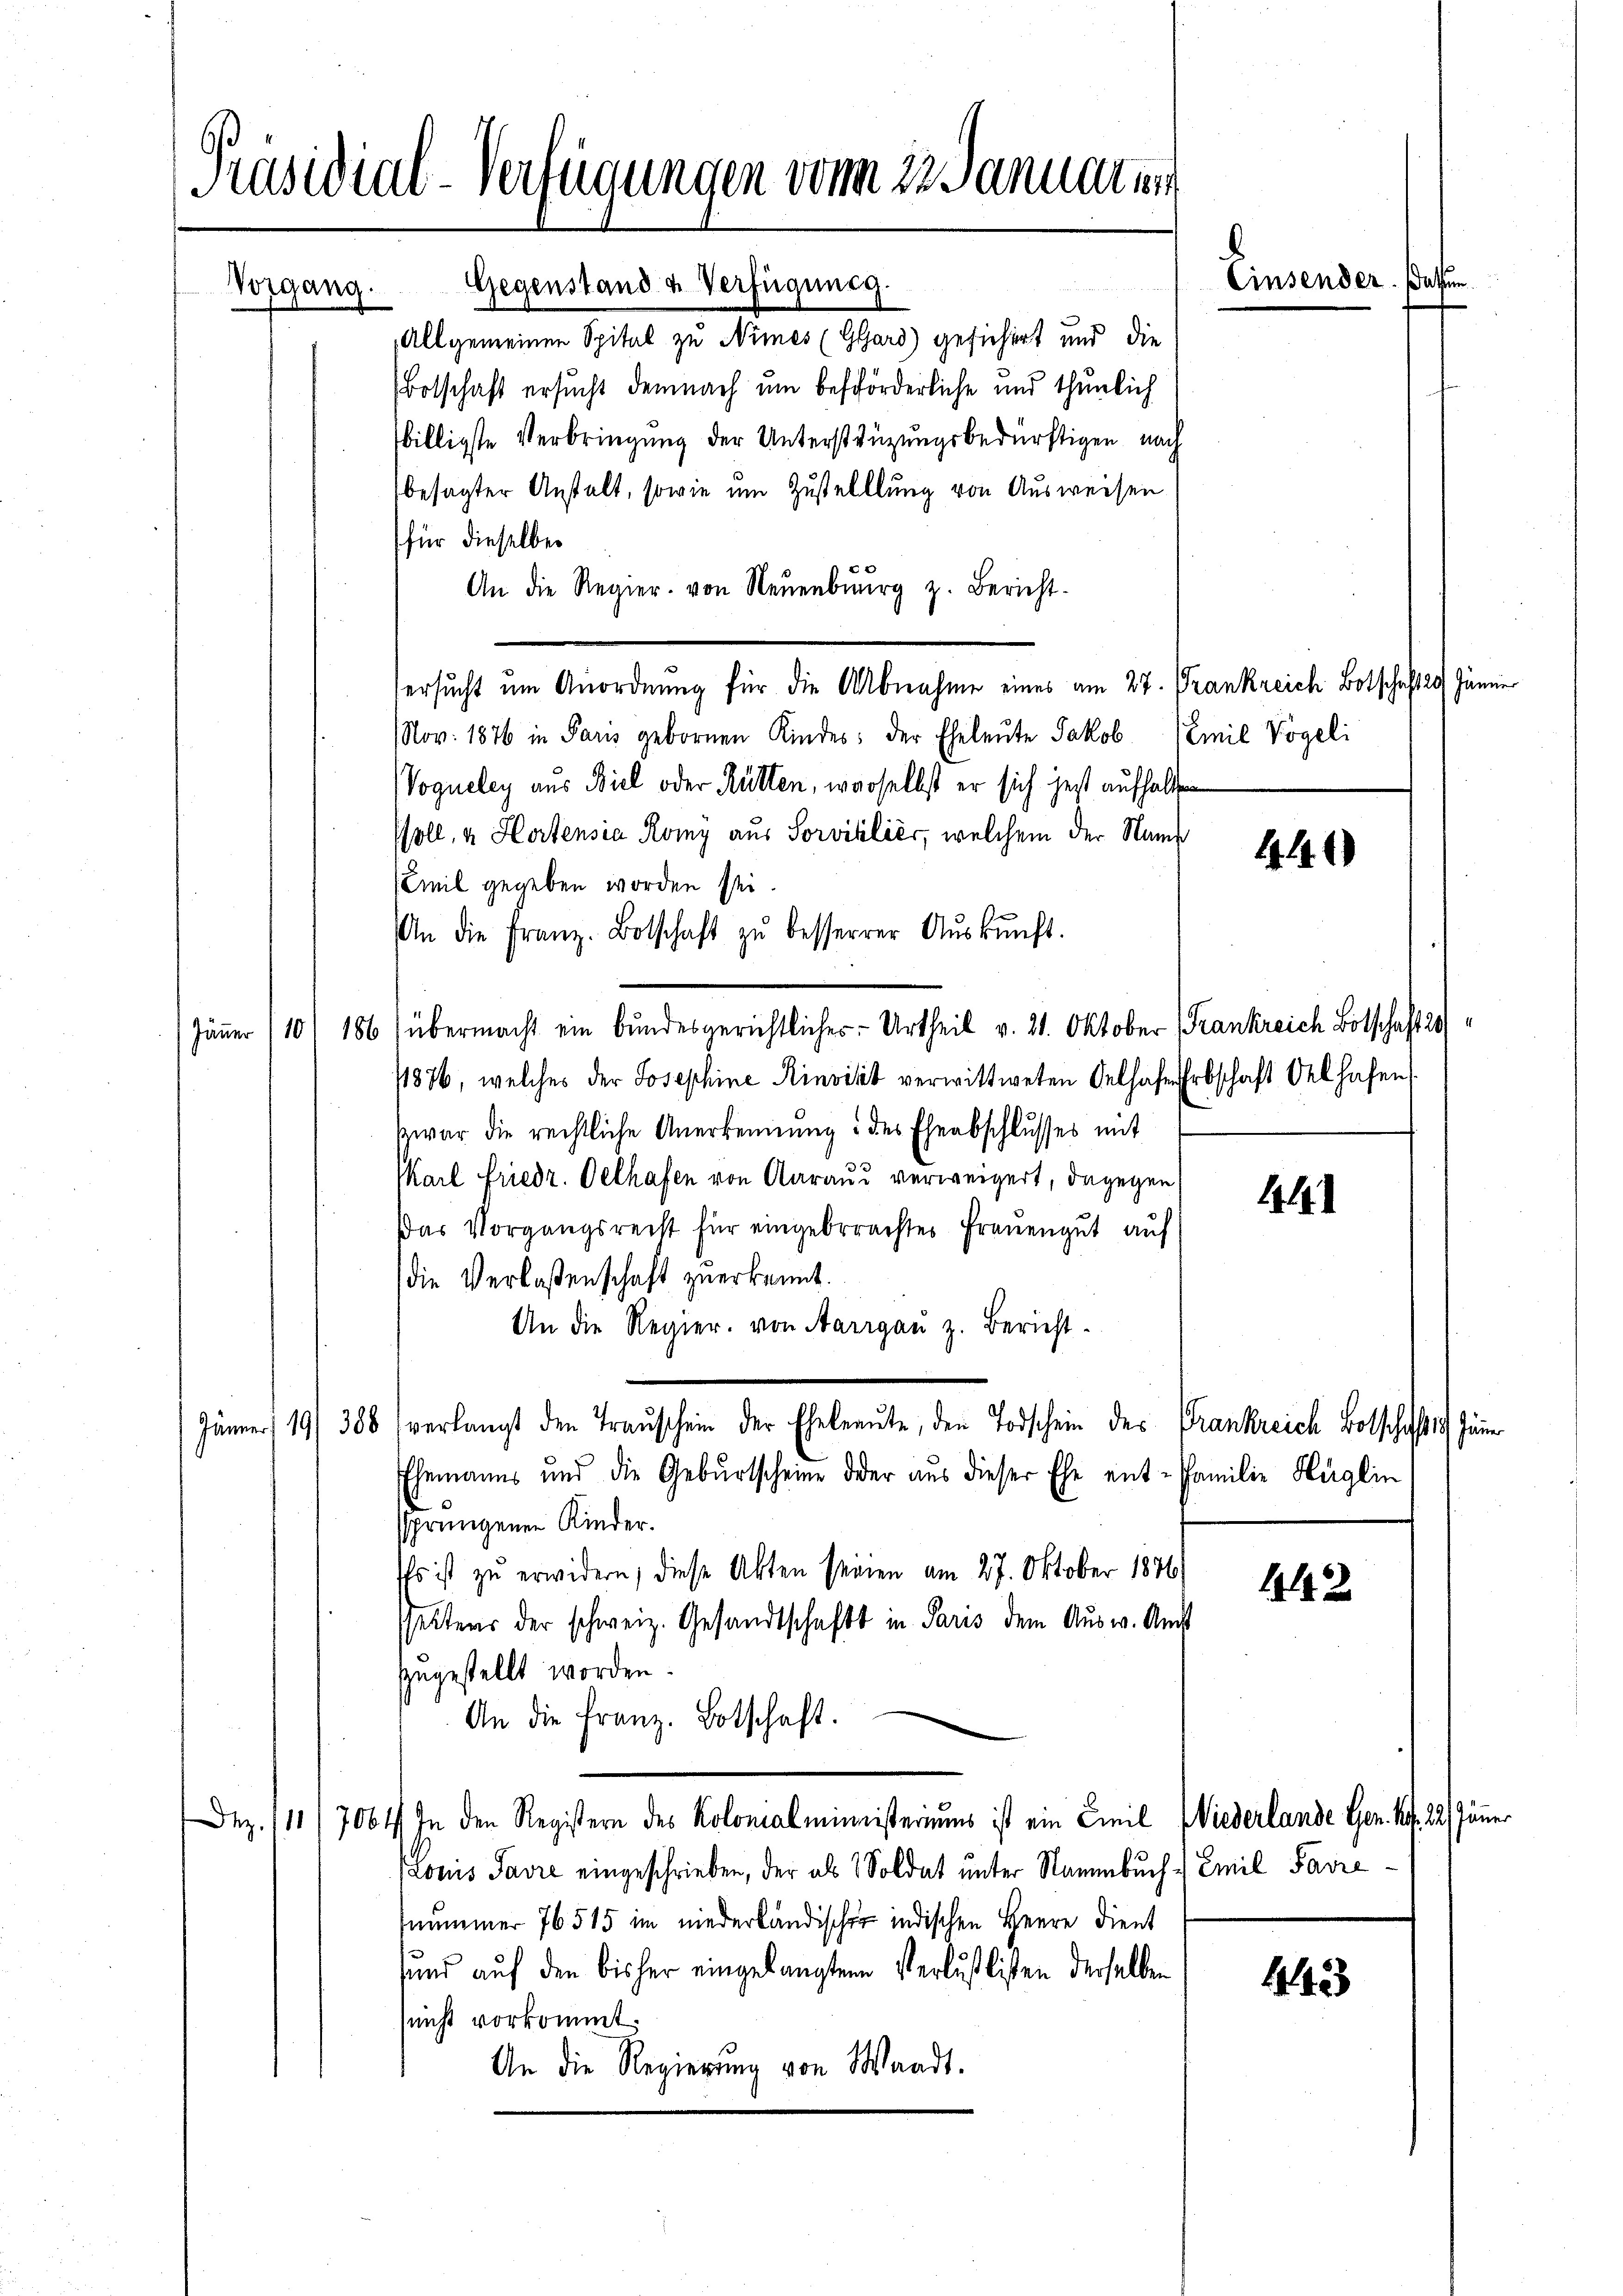
Präsidial-Verfügungen vom 22 sannatur

Allgemeinen Spital zu Nimes (Glard) gesichert und die
(Botschaft ersucht demnach um beförderliche und thunlich
billigste Verbringung der Unterstüzungsbedürftigen nach
besagter Anstalt, sowie um Zustelllung von Ausweisen
für dieselbe
An die Regier. von Neuenburg z. Bericht
ersucht um Anordnung für die Abnahme eines am 27. Frankreich Botschaft 20 Jun
Nov. 1876 in Paris gebornen Kindes: der Eheleute Jakob Emil Vogeli
Vogueley aus Biel oder Rütten, warselbst er sich jetzt aufhalten
Psoll, u. Hortensia Romy aus Sorvizilier, welchem der Name
(Emil gegeben worden sei
An die Franz. Botschaft zŭ besserrer Aŭskŭnft.
Jäner (10) 186) übermacht ein bundesgerichtliches Urtheil v. 21. Oktober (Frankreich Botschaft 21
/1876, welches der Josephine Rinvikt verwittweten Oelhafe Erbschaft Oel hafen
zwar die rechtliche Anerkennung des Eheabschlusses mit
Karl Friedr. Oelhafen von Aaraus verweigert, dagegen
Das Vorgangsrecht für eingebrachtes Frauengut auf
die Verlaßenschaft zuerkannt.
An die Regier. von Aargau z. Bericht.
Jäner 19388 (verlangt den Traŭschein der Eheleaŭte, den Todschein des Frankreich Botschaft Jäner
Ehemanns und die Geburtscheine oder aus dieser Ehe ent- Familie Heglin
sprungenen Kinder.
Es ist zu erwidern, diese Akten seinen am 27. Oktober 1876
setters der schweiz. Gesandtschaft in Paris dem Ausw. Amt
zugestellt worden.
An die Franz. Botschaft.
Dez. 111/7064 In den Registern des Kolonialministeriums ist ein Emil Wiederlande Gen. Art. 27 Jun
Pronis Savre eingeschrieben, der als Soldat unter Naumbuch. Emil Favre
nummer 76515 im niederländischer indischen Herrn Dient
unnd auf den bisher eingelangten Verluslisten derselben
(nicht vorkommt.
An die Regierŭng von Waadt.

Vorgang.

Gegenstand u Verfügung.

Einsender.

440

1

142

1443